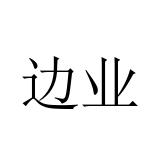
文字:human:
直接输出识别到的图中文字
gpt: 边业